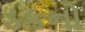
ડકનો